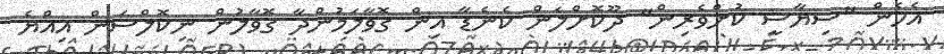
އެހެން "ސިޔާސީ ކުށްވެރިން" ދޫކޮށްލަން ކެނެޑާ އިން ގޮވާލަމުންދާ ގޮވާލުން ނިކޮލްސަން އިއްޔެ